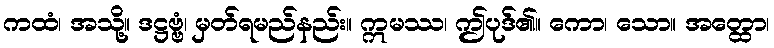
ကထံ၊ အသို့။ ဒဋ္ဌဗ္ဗံ၊ မှတ်ရမည်နည်း။ ဣမဿ၊ ဤပုဒ်၏။ ကော၊ သော။ အတ္ထော၊